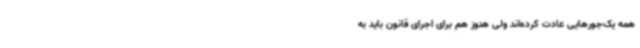
همه یک‌جورهایی عادت کرده‌اند ولی هنوز هم برای اجرای قانون باید به